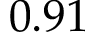
0 . 9 1